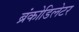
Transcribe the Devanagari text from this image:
ब्रंकोडिलेटर